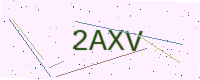
Text: 2AXV